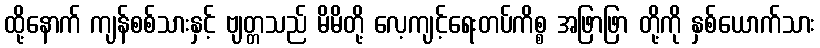
ထို့နောက် ကျန်စစ်သားနှင့် ဗျတ္တသည် မိမိတို့ လေ့ကျင့်ရေးတပ်ကိစ္စ အဖြာဖြာ တို့ကို နှစ်ယောက်သား